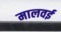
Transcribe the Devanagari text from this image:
मालवई